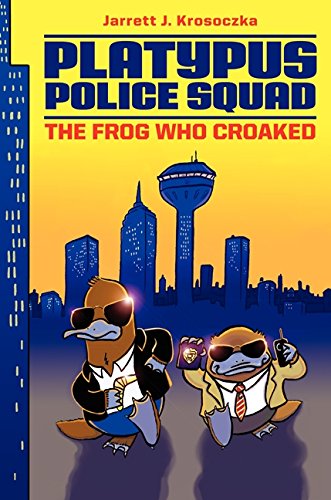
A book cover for Platypus Police Squad: The Frog Who Croaked; Jarrett J. Krosoczka; Children's Books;